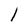
Character: l